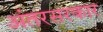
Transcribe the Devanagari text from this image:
अंतरसरकार